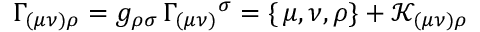
\Gamma _ { ( \mu \nu ) \rho } = g _ { \rho \sigma } \, \Gamma _ { ( \mu \nu ) } { } ^ { \sigma } = \{ \, \mu , \nu , \rho \} + \mathcal { K } _ { ( \mu \nu ) \rho }